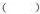
( )